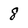
Character: 8